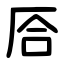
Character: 㕉